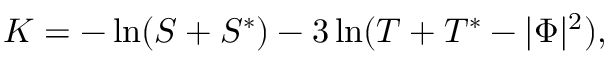
K = - \ln ( S + S ^ { * } ) - 3 \ln ( T + T ^ { * } - | \Phi | ^ { 2 } ) ,